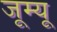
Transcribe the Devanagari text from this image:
जूम्यू